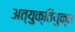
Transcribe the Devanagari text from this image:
अत्युक्तियुक्त